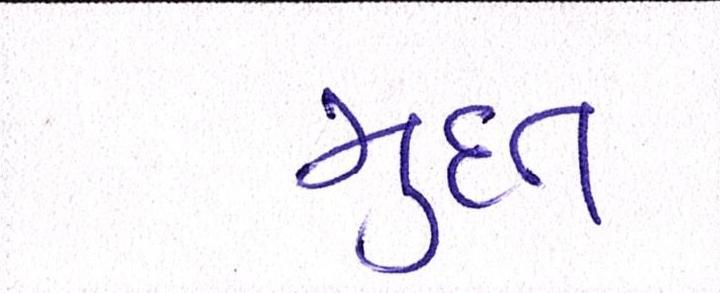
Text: મુદત